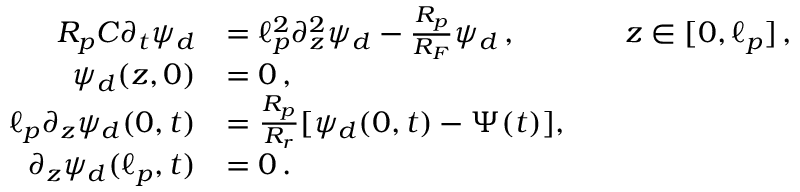
\begin{array} { r l r l } { R _ { p } C \partial _ { t } \psi _ { d } } & { = \ell _ { p } ^ { 2 } \partial _ { z } ^ { 2 } \psi _ { d } - \frac { R _ { p } } { R _ { F } } \psi _ { d } \, , } & & { z \in [ 0 , \ell _ { p } ] \, , } \\ { \psi _ { d } ( z , 0 ) } & { = 0 \, , } \\ { \ell _ { p } \partial _ { z } \psi _ { d } ( 0 , t ) } & { = \frac { R _ { p } } { R _ { r } } [ \psi _ { d } ( 0 , t ) - \Psi ( t ) ] , } \\ { \partial _ { z } \psi _ { d } ( \ell _ { p } , t ) } & { = 0 \, . } \end{array}